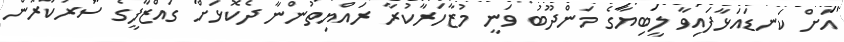
އަށް ކަނޑައަޅާފައިވާ ލީބިޔާގެ މަންދޫބު ވަނީ މުޒާހަރާކުރާ ރައްޔިތުންނާ ދެކޮޅަށް ގައްޒާފީގެ ސަރުކާރުން